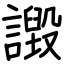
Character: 譭